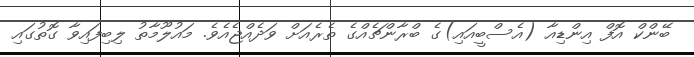
ބޭންކް އޮފް އިންޑިއާ (އެސްބީއައި)ގެ ބްރާންޗެއްގެ ތެރެއަށް ވަދެއްޖެއެވެ. މައުލޫމާތު ލިބިފައިވާ ގޮތުގައި